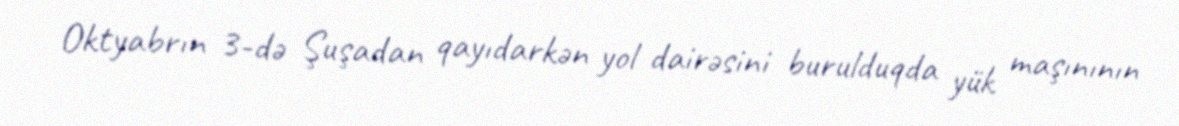
Oktyabrın 3-də Şuşadan qayıdarkən yol dairəsini burulduqda yük maşınının